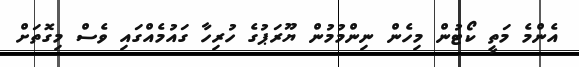
އެންމެ މަތީ ކޯޓުން މިހެން ނިންމުމުން ޔޫރަޕުގެ ހުރިހާ ގައުމެއްގައި ވެސް މިގޮތަށް